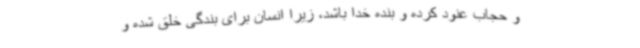
و حجاب عنود کرده و بنده خدا باشد، زیرا انسان برای بندگی خلق شده و